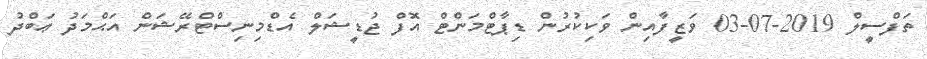
ތަފްސީލް 2019-07-03 ވަޒީފާއިން ވަކިކުރުން ޑިޕާޓްމަންޓް އޮފް ޖުޑީޝަލް އެޑްމިނިސްޓްރޭޝަން އަޙްމަދު ޢަބްދު